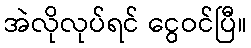
အဲလိုလုပ်ရင် ငွေဝင်ပြီ။